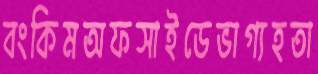
বংকিমঅফসাইডেভাগ্যহতা